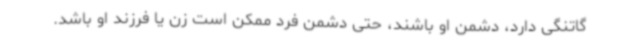
گاتنگی دارد، دشمن او باشند، حتی دشمن فرد ممکن است زن یا فرزند او باشد.